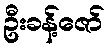
ဦးခန့်ဇော်